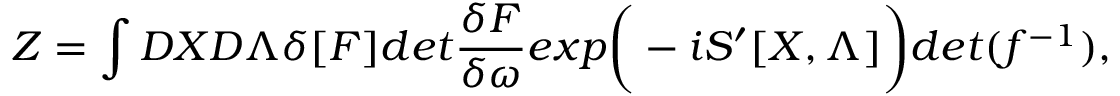
Z = \int { \cal D } X { \cal D } \Lambda \delta [ { \cal F } ] d e t { \frac { \delta { \cal F } } { \delta \omega } } e x p \bigg ( - i S ^ { \prime } [ X , \Lambda ] \bigg ) d e t ( f ^ { - 1 } ) ,